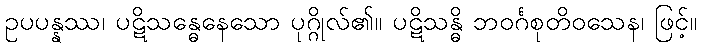
ဥပပန္နဿ၊ ပဋိသန္ဓေနေသော ပုဂ္ဂိုလ်၏။ ပဋိသန္ဓိ ဘဝင်္ဂစုတိဝသေန၊ ဖြင့်။